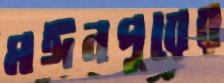
মঈনপুরের